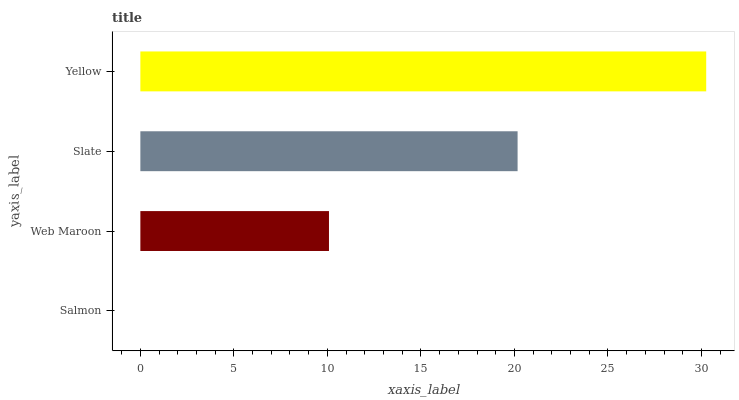
| yaxis_label | bars |
 | --- | --- |
 | Salmon | 0 |
 | Web Maroon | 10.1 |
 | Slate | 20.2 |
 | Yellow | 30.3 |